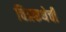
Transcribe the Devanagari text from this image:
चित्रकथेची